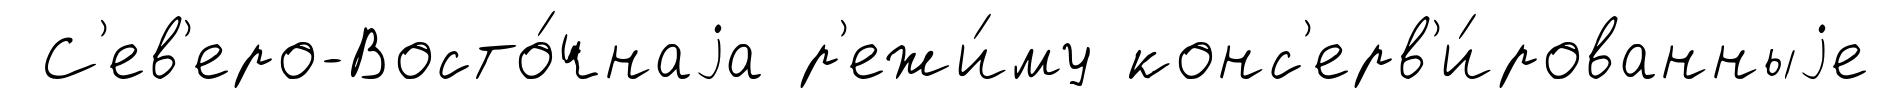
С'ев'еро-Восто́чнаjа р'ежи́му конс'ерв'и́рованныjе